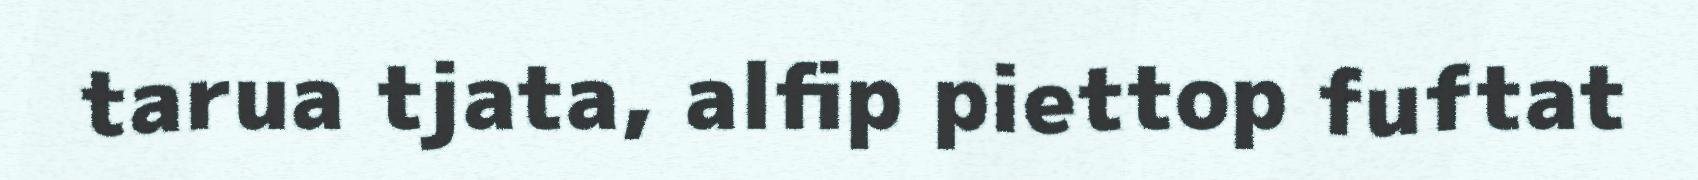
tarua tjata, alfip piettop fuftat